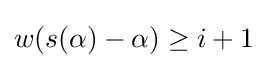
w(s(\alpha )-\alpha )\geq i+1